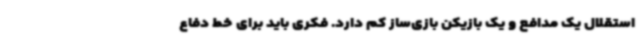
استقلال یک مدافع و یک بازیکن بازی‌ساز کم دارد. فکری باید برای خط دفاع